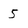
Character: 5